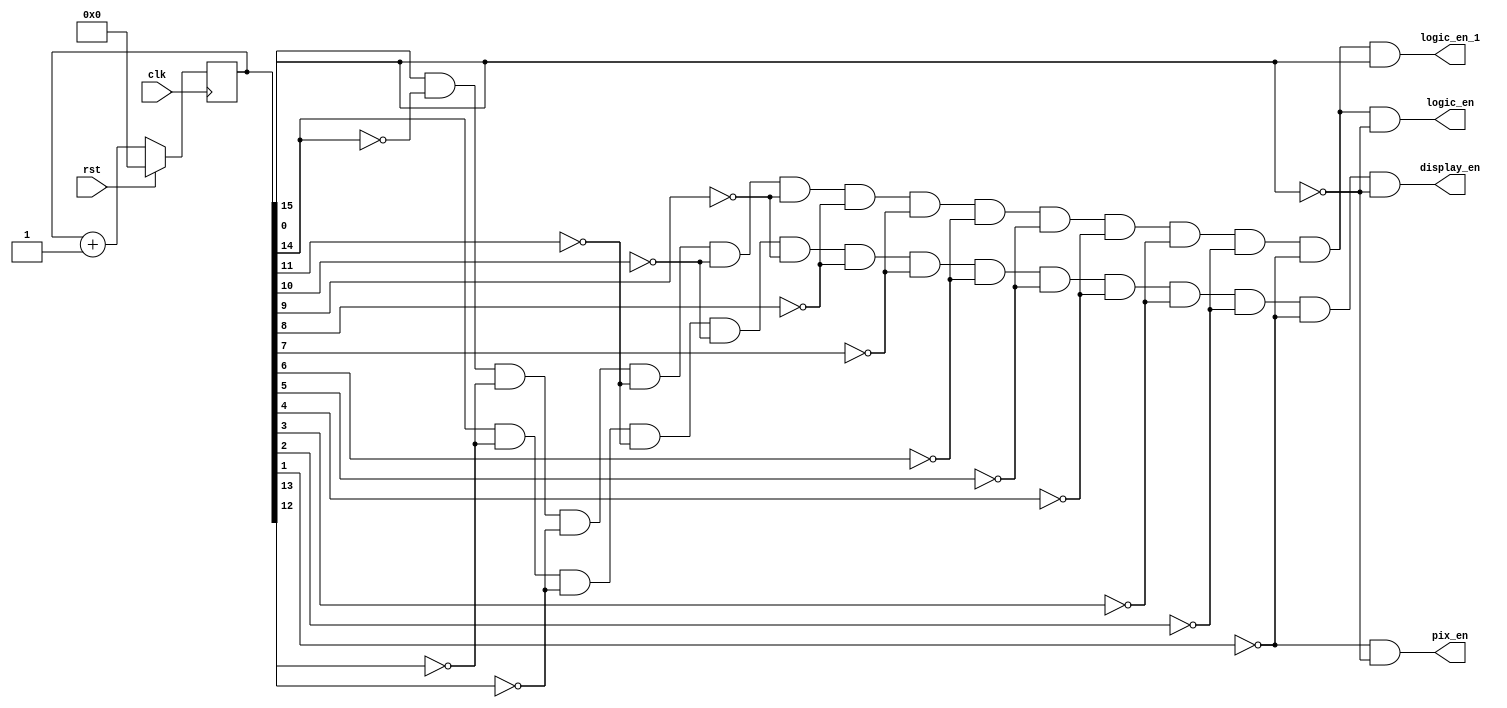
module clockdiv(
	input wire clk,		//master clock: 100MHz
	input wire rst,		//asynchronous reset
	output wire logic_en, // logic clock: 3051.75 Hz
	output wire logic_en_1, // logic clock delayed by one cycle
	output wire pix_en,		//pixel clock: 25MHz
	output wire display_en // Display clock: 700 Hz
	//output wire seg_en	//7-segment clock: 381.47Hz
	);

// 17-bit counter variable
reg [17:0] q;
//reg [1:0] q;

// Clock divider --
// Each bit in q is a clock signal that is
// only a fraction of the master clock.
always @(posedge clk)
begin
	// reset condition
	if (rst == 1)
		q <= 0;
	// increment counter by one
	else
		q <= q+1;
end

// 100Mhz  2^18 = 381.47Hz
//assign seg_en = q[17];

// 100Mhz  2^15 = 3051.75Hz
assign logic_en = q[15] & ~q[14] & ~q[13] & ~q[12] & ~q[11] & ~q[10] & ~q[9] & ~q[8] & ~q[7] & ~q[6] & ~q[5] & ~q[4] & ~q[3]& ~q[2] & ~q[1]& ~q[0];
assign logic_en_1 = q[15] & ~q[14] & ~q[13] & ~q[12] & ~q[11] & ~q[10] & ~q[9] & ~q[8] & ~q[7] & ~q[6] & ~q[5] & ~q[4] & ~q[3]& ~q[2] & ~q[1]& q[0];

assign display_en = q[14] & ~q[13] & ~q[12] & ~q[11] & ~q[10] & ~q[9] & ~q[8] & ~q[7] & ~q[6] & ~q[5] & ~q[4] & ~q[3]& ~q[2] & ~q[1]& ~q[0];
// 100Mhz  2^2 = 25MHz
//assign pix_en = q[1];
assign pix_en = ~q[1] & ~q[0];

endmodule